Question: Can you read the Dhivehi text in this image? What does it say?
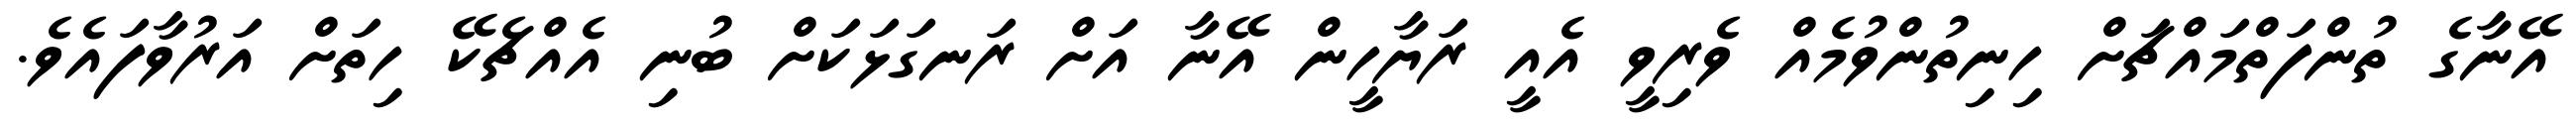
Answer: އޭނާގެ ތުންފަތްމައްޗަށް ހިނިތުންވުމެއް ވެރިވީ އެއީ ރަޔާހީން އޭނާ އަށް ރަނގަޅަކަށް ބުނި އެއްޗެކޭ ހިތަށް އަރުވާފައެވެ.